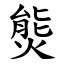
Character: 熋